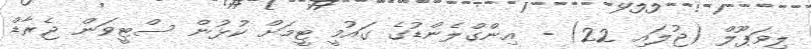
ލިވަޕޫލް (ޖުލައި 22) - އިންގްލެންޑުގެ ގައުމީ ޓީމަށް ކުޅުން ސްޓީވަން ޖެރާޑް